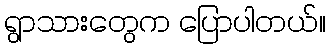
ရွာသားတွေက ပြောပါတယ်။